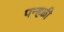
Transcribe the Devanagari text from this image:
पन्हळी